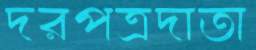
দরপত্রদাতা